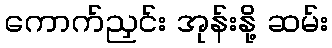
ကောက်ညှင်း အုန်းနို့ ဆမ်း